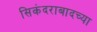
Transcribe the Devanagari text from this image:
सिकंदराबादच्या